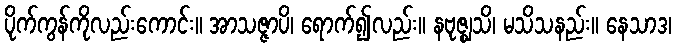
ပိုက်ကွန်ကိုလည်းကောင်း။ အာသဇ္ဇာပိ၊ ရောက်၍လည်း။ နဗုဇ္ဈသိ၊ မသိသနည်း။ နေသာဒ၊